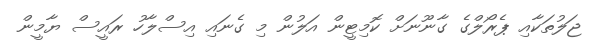
ޖަލުތަކާއި ޕެރޯލްގެ ގާނޫނަށް ކޮމިޓީން އަލުން މި ގެނައި އިސްލާހު ރައީސް ޔާމީން